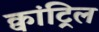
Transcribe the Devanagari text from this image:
क्वांट्रिल